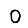
Digit: 0